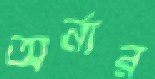
অর্নার